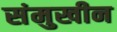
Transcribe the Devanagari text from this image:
संमुखीन